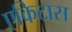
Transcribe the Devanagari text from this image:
एकिटास